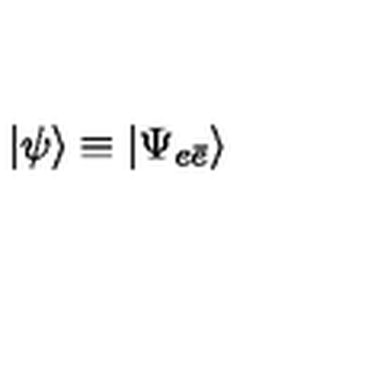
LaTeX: | \psi \rangle \equiv | \Psi _ { e \bar { e } } \rangle